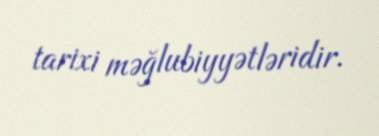
tarixi məğlubiyyətləridir.